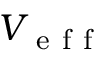
V _ { \mathrm { ~ e ~ f ~ f ~ } }